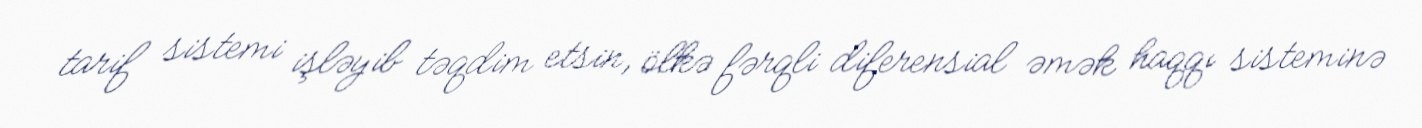
tarif sistemi işləyib təqdim etsin, ölkə fərqli diferensial əmək haqqı sisteminə